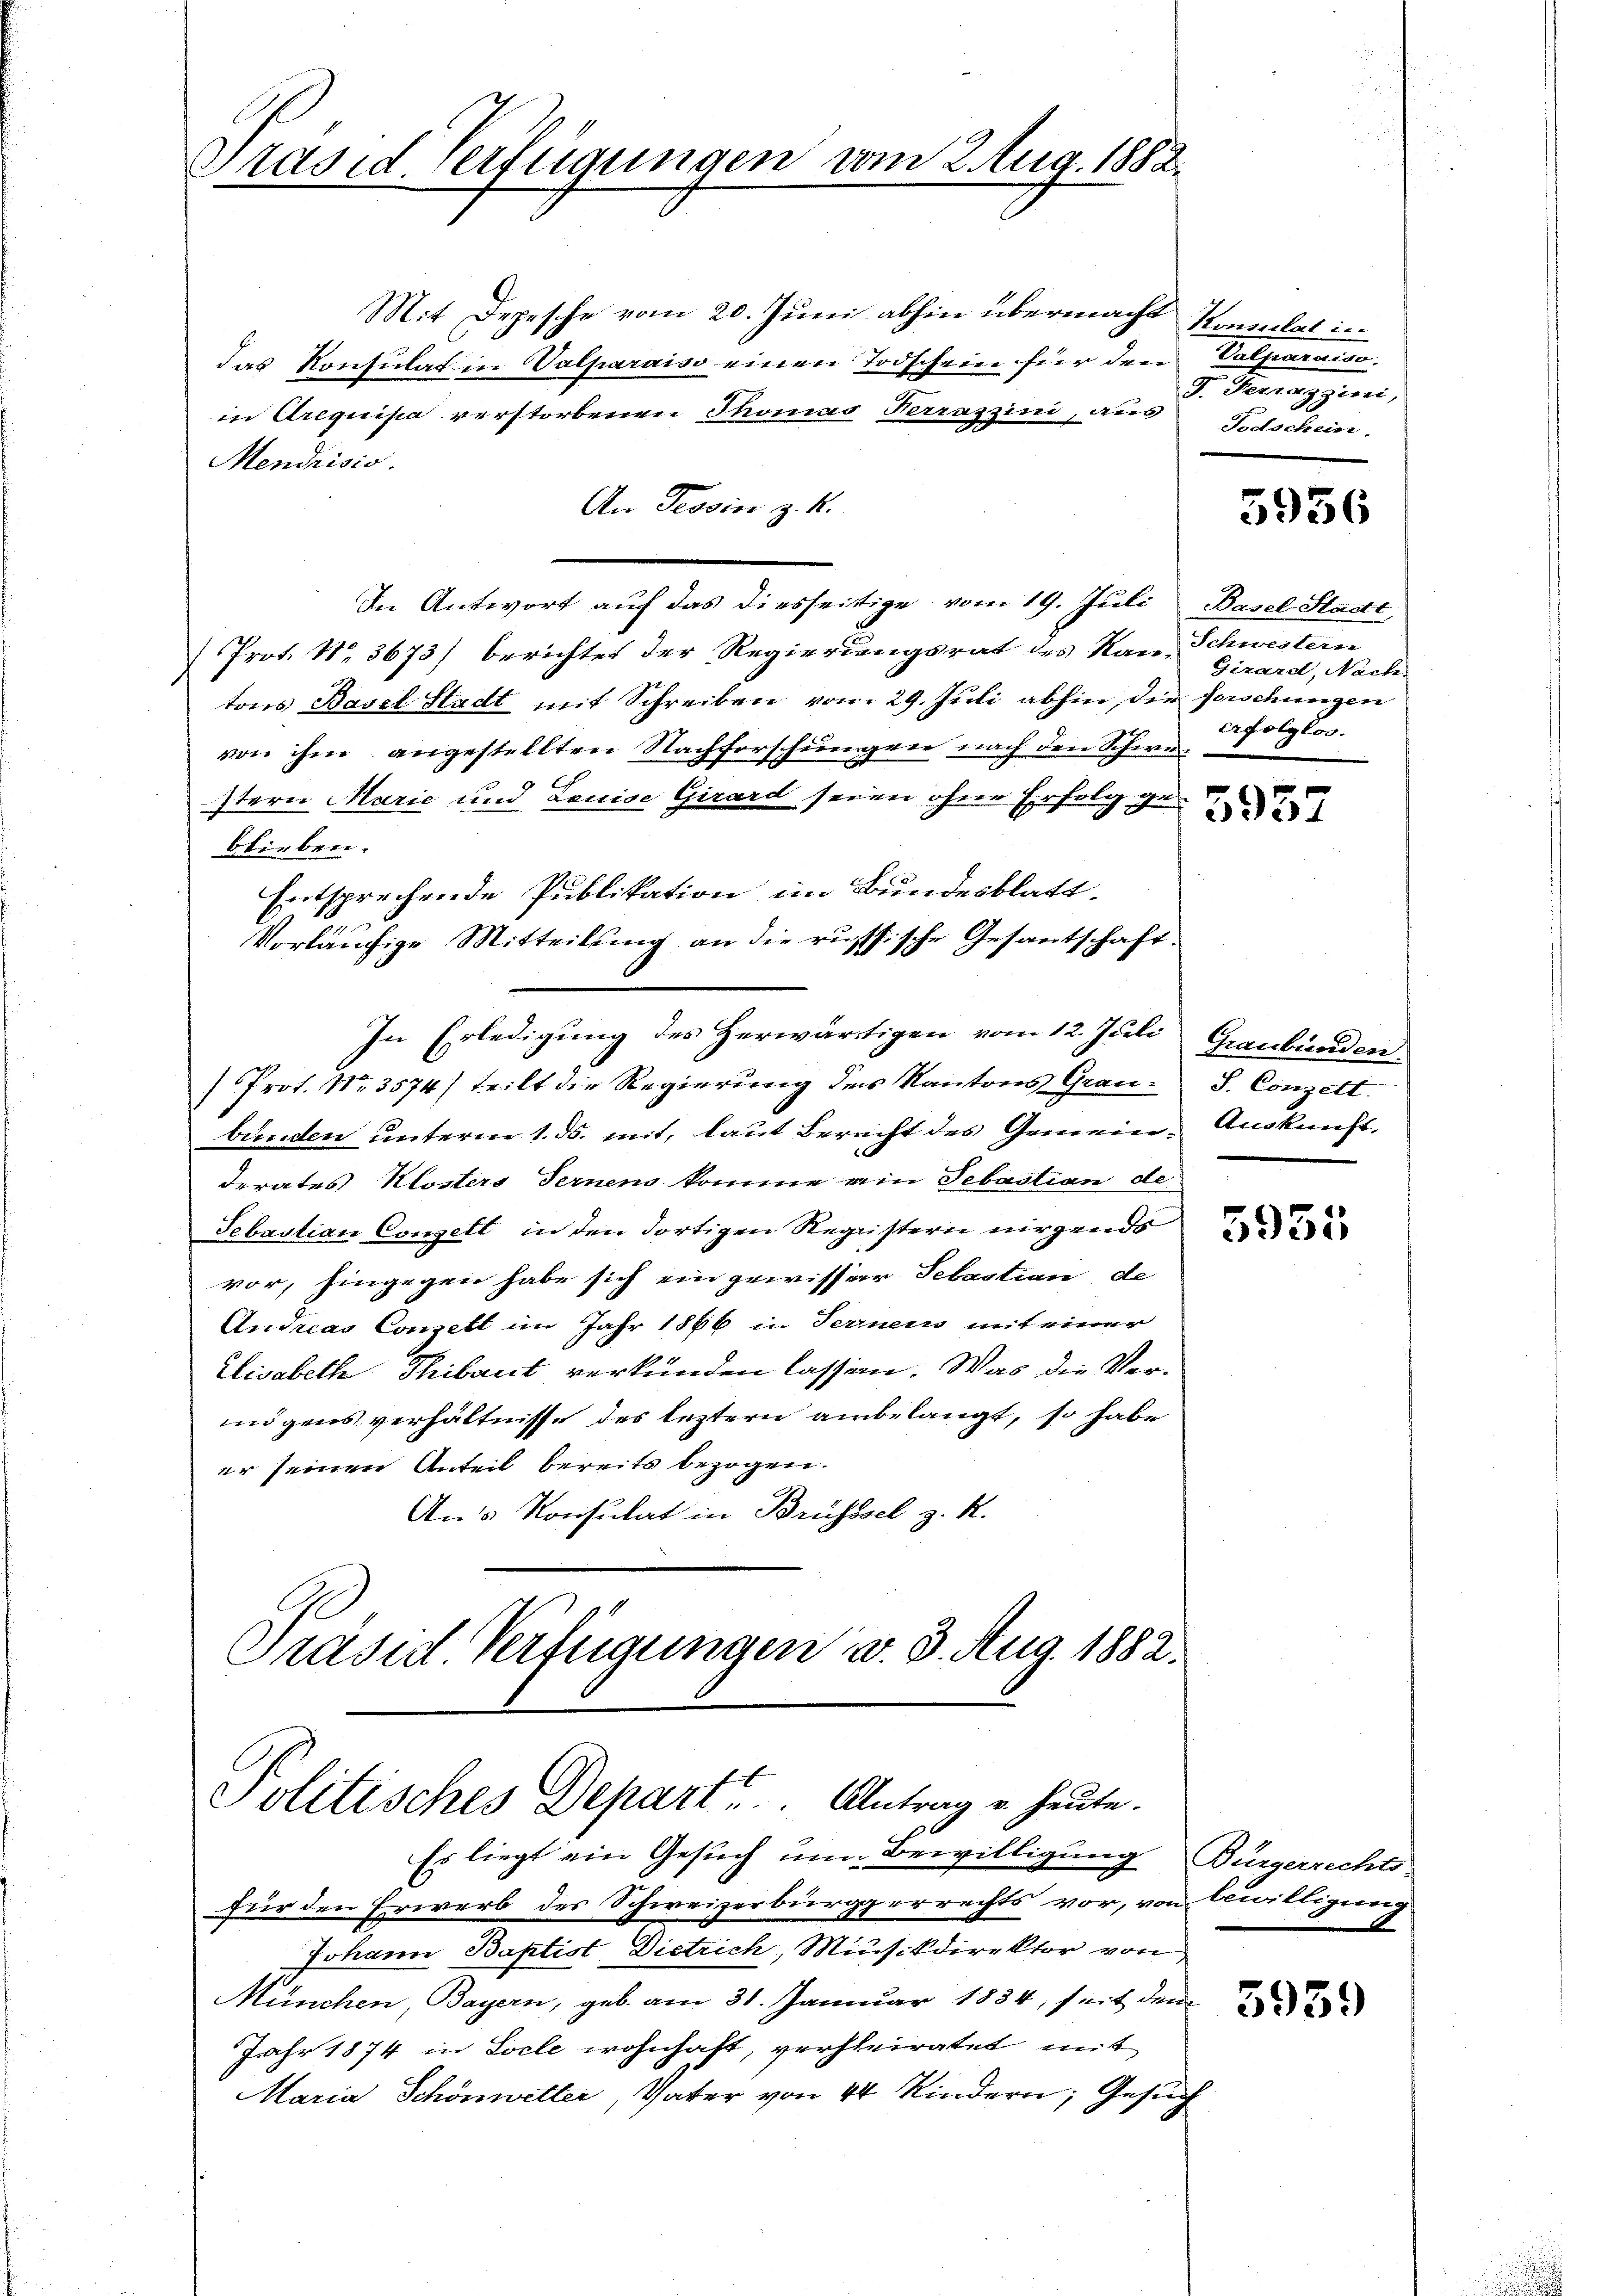
Präsid. Verfügungen vom 2. Aug. 1882.

Mit Depesche vom 20. Juni abhin übermacht Kamulat in
das Konsulat in Valparaiso einen Todschein für den Valparaiso
in Arequisa verstorbenen Thomas Terrassini, aus Todschein
Mendrisis.
An Tessin z. B.
In Antwort auf das diesseitige vom 19. Juli Basel Stadt,
Prot. No. 3673) berichtet der Regierungsrat des Rau, Schwestern
tors Basel Stadt mit Schreiben vom 29. Juli abhin, die forschungen
von ihm angestellten Nachforschungen nach den Schwestern Marić und Louise Girard seien ohne Erfolg ge
blieben.
Entsprechende Publikation im Bundesblatt.
Vorläufige Mitteilung an die russische Gesantschaft.
In Erledigung des Herwärtigen vom 12. Juli Graubünden
Prot. Nr. 3574) teilt die Regierung der Kantons Graubunden unterm 1. ds. mit, laut Berecht des Gemein. Auskunft,
derates Klosters Fernens komme ein Sebastian de
Sebastian Conzelt in den dortigen Registern nirgends
vor, hingegen habe sich ein gewisser Sebastian de
Andreas Conzelt im Jahr 1866 in Fernern mit einer
Elisabeth Thibaut verkünden lassen. Was die Vermögens verhältnisse des leztern anbelangt, so habe
er seinen Anteil bereits bezogen.
An 5 Konsulat in Brüssel z. R.
Präsid Verfügungen d. 3. Aug. 1882.

Politisches Depart. Antrag u. heute.

J. Ferraggini,

Es liegt ein Gesuch um Bewilligung Bürgerrechts-
für den Erwerb des Schweizerbürgerrechts vor, von bewilligung
Johann Baptist, Dietrich, Musikdirektor von
München, Bayern, geb. am 31. Januar 1834, seit dem
Jahr 1874 in Locle wohnhaft, verheiratet mit
Maria Schönwetter, Vater von 44 Kindern, Gesuch

5936

Girard, Nach
erfolglos.

S. Conzett.

3959